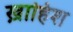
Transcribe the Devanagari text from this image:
ख़ाहिश